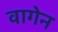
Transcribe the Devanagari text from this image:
वागेन